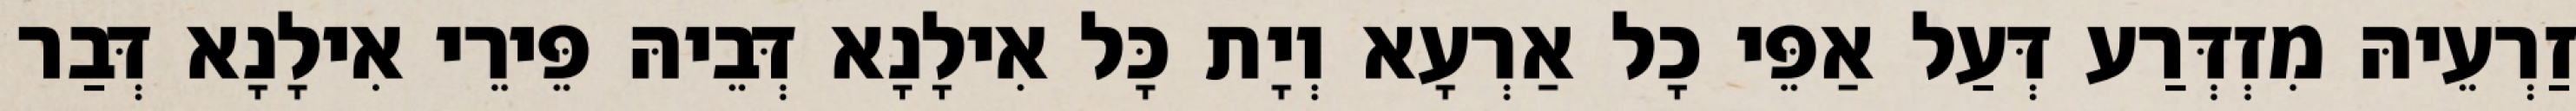
זַרְעֵיהּ מִזְדְּרַע דְּעַל אַפֵּי כָל אַרְעָא וְיָת כָּל אִילָנָא דְּבֵיהּ פֵּירֵי אִילָנָא דְּבַר